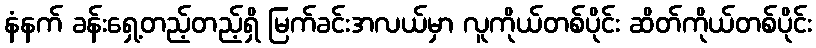
နံနက် ခန်းရှေ့တည့်တည့်ရှိ မြက်ခင်းအလယ်မှာ လူကိုယ်တစ်ပိုင်း ဆိတ်ကိုယ်တစ်ပိုင်း